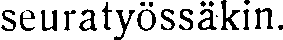
seuratyössäkin.